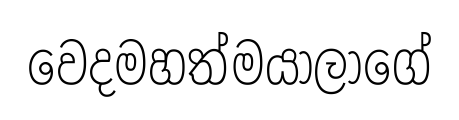
වෙදමහත්මයාලාගේ